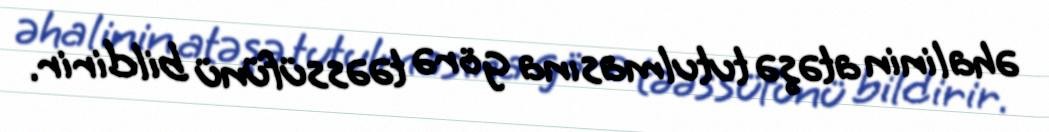
əhalinin atəşə tutulmasına görə təəssüfünü bildirir.